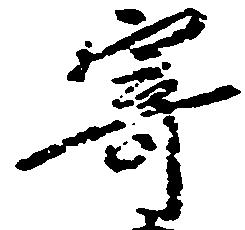
寄